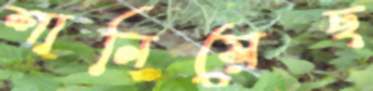
শানিয়েছ